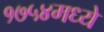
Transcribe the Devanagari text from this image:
१७५४मध्ये